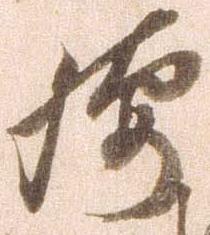
腰